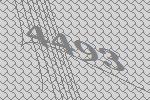
4493